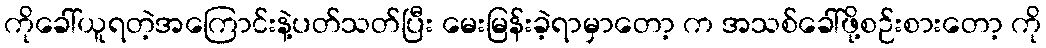
ကိုခေါ်ယူရတဲ့အကြောင်းနဲ့ပတ်သတ်ပြီး မေးမြန်းခဲ့ရာမှာတော့ က အသစ်ခေါ်ဖို့စဉ်းစားတော့ ကို